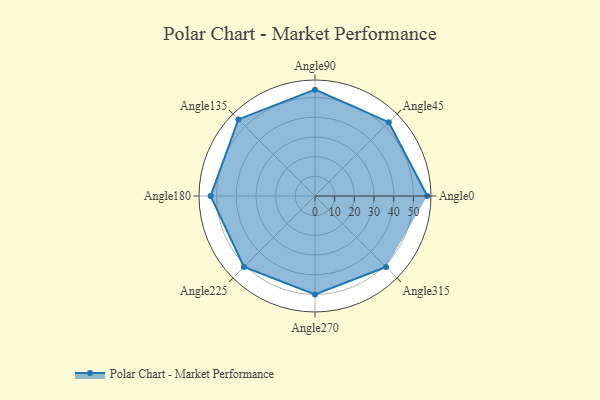
{"axis": {"x": "Angle", "y": "Radius"}, "legend": [""], "data": [{"x": "Angle0", "y": 57.0, "type": ""}, {"x": "Angle45", "y": 53.0, "type": ""}, {"x": "Angle90", "y": 54.0, "type": ""}, {"x": "Angle135", "y": 55.0, "type": ""}, {"x": "Angle180", "y": 53.0, "type": ""}, {"x": "Angle225", "y": 51.0, "type": ""}, {"x": "Angle270", "y": 50, "type": ""}, {"x": "Angle315", "y": 51.0, "type": ""}]}